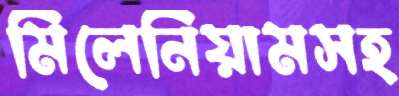
মিলেনিয়ামসহ